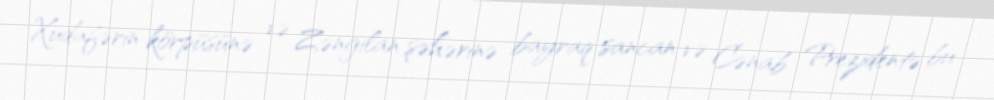
Xudafərin körpüsünə və Zəngilan şəhərinə bayraq sancan və Cənab Prezidentə bu